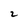
Character: 2